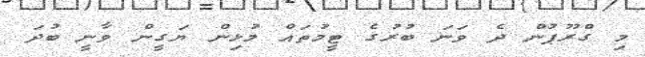
މި ގްރޫޕުން ދެ ވަނަ ބުރުގެ ޓީމުތައް މުޅިން ޔަގީން ވާނީ ބުދަ